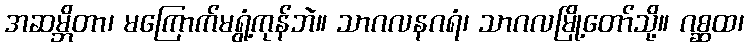
အဆမ္ဘိတာ၊ မကြောက်မရွံ့ကုန်ဘဲ။ သာဂလနဂရံ၊ သာဂလမြို့တော်သို့။ ဂစ္ဆထ၊